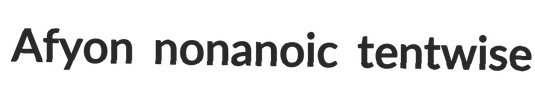
Afyon nonanoic tentwise